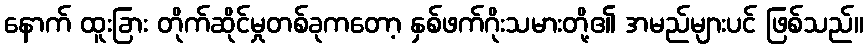
နောက် ထူးခြား တိုက်ဆိုင်မှုတစ်ခုကတော့ နှစ်ဖက်ဂိုးသမားတို့၏ အမည်များပင် ဖြစ်သည်။